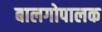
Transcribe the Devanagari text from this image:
बालगोपालक